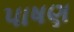
પાષણ